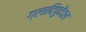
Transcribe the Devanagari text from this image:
ग्लादिपुदेंदल